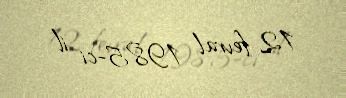
12 fevral 1985-ci il